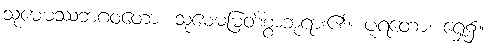
သုမေဓဿဘဂဝတော၊ သုမေဓမြတ်စွာဘုရား၏။ ပူရတော၊ ရှေ့၌။